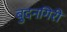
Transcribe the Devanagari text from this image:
बुदनगिरी